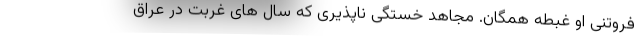
فروتنی او غبطه همگان. مجاهد خستگی ناپذیری که سال های غربت در عراق